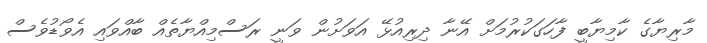
މާރިޔާގެ ކާމިޔާބީ ފާހަގަކުރުމަށް އޭނާ ދިރިއުޅޭ އަވަށުން ވަނީ ރަސްމިއްޔާތެއް ބާއްވައި އެވޯޑުވެސް